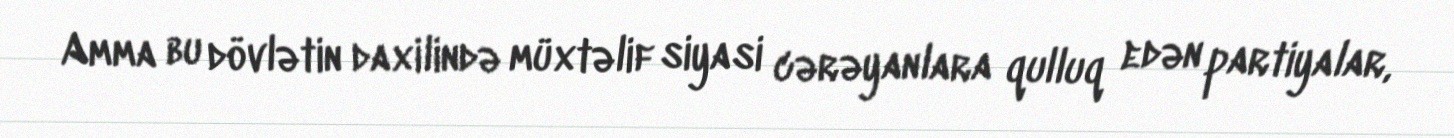
Amma bu dövlətin daxilində müxtəlif siyasi cərəyanlara qulluq edən partiyalar,